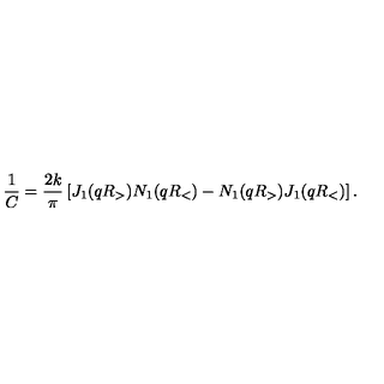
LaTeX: \frac { 1 } { C } = \frac { 2 k } { \pi } \left[ J _ { 1 } ( q R _ { > } ) N _ { 1 } ( q R _ { < } ) - N _ { 1 } ( q R _ { > } ) J _ { 1 } ( q R _ { < } ) \right] .